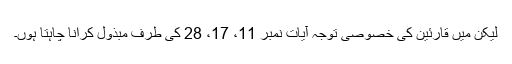
لیکن میں قارئین کی خصوصی توجہ آیات نمبر 11، 17، 28 کی طرف مبذول کرانا چاہتا ہوں۔